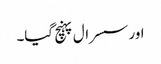
اور سسرال پہنچ گیا۔